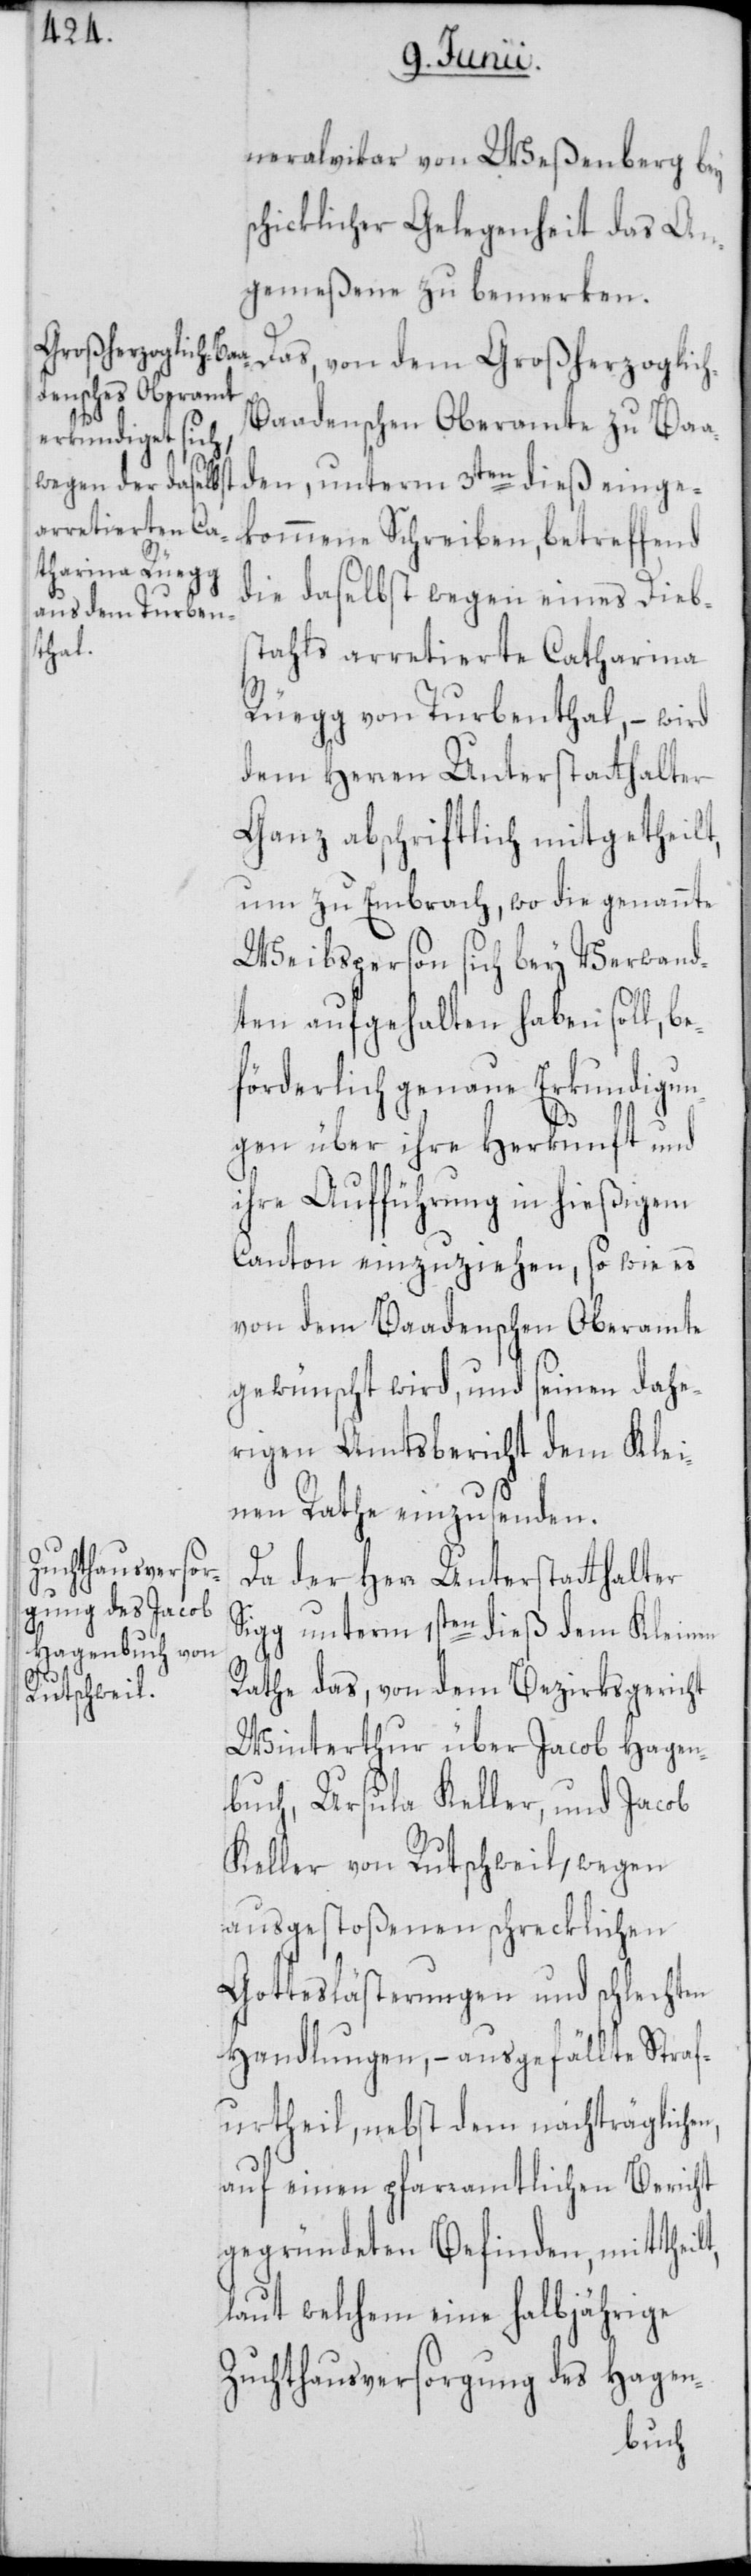
neralvikar von Weßenberg bey
schicklicher Gelegenheit das An¬
gemeßene zu bemerken.
Das, von dem Großherzoglic¬
h-Baadenschen Oberamte zu Baa¬
den, unterm 3ten dieß einge¬
kommene Schreiben, betreffend
die daselbst wegen eines Diebs¬
tahls arretierte Catharina
Rüegg von Turbenthal, – wird
dem Herren Unterstatthalter
Ganz abschriftlich mitgetheilt,
um zu Embrach, wo die genannte
Weibsperson sich bey Verwand¬
ten aufgehalten haben soll, be¬
förderlich genaue Erkundigun¬
gen über ihre Herkunft und
ihre Aufführung in hießigem
Canton einzuziehen, so wie es
von dem Baadenschen Oberamte
gewünscht wird, und seinen dahe¬
rigen Amtsbericht dem Klei¬
nen Rathe einzusenden.
Da der Herr Unterstatthalter
Sigg unterm 1sten dieß dem Kleinen
Rathe das, von dem Bezirksgericht
Winterthur über Jacob Hagen¬
buch, Ursula Keller, und Jacob
Keller von Rutschweil, wegen
ausgestoßenen schrecklichen
Gotteslästerungen und schlechten
Handlungen, – ausgefällte Straf¬
urtheil, nebst dem nachträglichen,
auf einen pfarramtlichen Bericht
gegründeten Befinden, mittheilt,
laut welchem eine halbjährige
Zuchthausversorgung des Hagen-